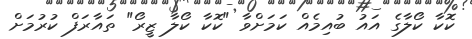
ކޮކާ ކޯލާގެ އައު ބުއިމެއް ކަމަށްވާ "ކޮކާ ކޯލާ ޒީރޯ" ތައާރަފް ކުރުމަށް